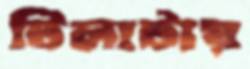
টিলাটায়